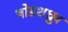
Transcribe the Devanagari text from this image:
षोडशध्रुव